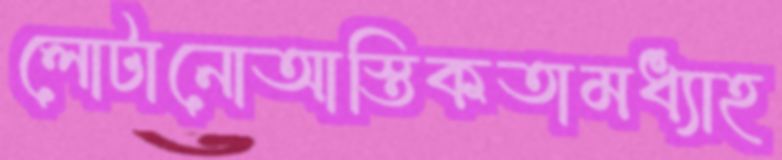
লোটানোআস্তিকতামধ্যাহ